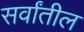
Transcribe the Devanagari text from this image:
सर्वांतील